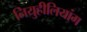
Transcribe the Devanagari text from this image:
नियुहीलियांग